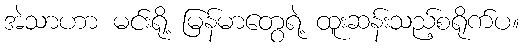
အဲသာဟာ မင်းရို့ မြန်မာတွေရဲ့ ထူးဆန်းသည့်စရိုက်ပ။